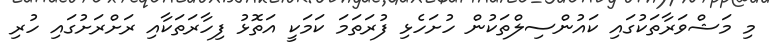
މި މަޝްވަރާތަކުގައި ކައުންސިލްތަކުން ހުށަހެޅި ފުރަތަމަ ކަމަކީ އަތޮޅު ފިހާރަތަކާއި ރަށްރަށުގައި ހުރި